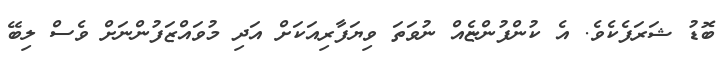
ބޮޑު ޝަރަފެކެވެ. އެ ކުންފުންޏެއް ނުވަތަ ވިޔަފާރިއަކަށް އަދި މުވައްޒަފުންނަށް ވެސް ލިބޭ